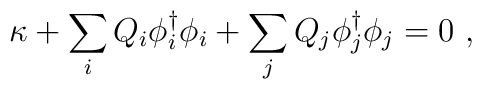
\kappa + \sum_i Q_i \phi_i^\dagger \phi_i+ \sum_j Q_j \phi_j^\dagger \phi_j = 0 \ ,